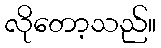
လိုတော့သည်။